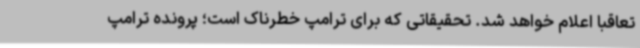
تعاقبا اعلام خواهد شد. تحقیقاتی که برای ترامپ خطرناک است؛ پرونده ترامپ